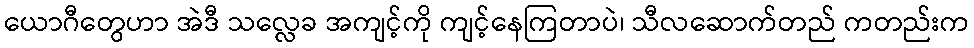
ယောဂီတွေဟာ အဲဒီ သလ္လေခ အကျင့်ကို ကျင့်နေကြတာပဲ၊ သီလဆောက်တည် ကတည်းက